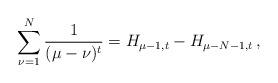
LaTeX: \begin{align*}\sum_{\nu = 1}^N {\frac{1}{{(\mu - \nu )^t }}} = H_{\mu - 1,t} - H_{\mu - N - 1,t}\,,\end{align*}